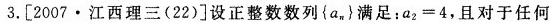
3.[2007·江西理三(22)]设正整数数列{a_{n}}满足：a_{2}=4，且对于任何